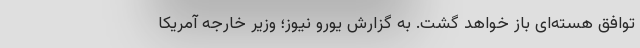
توافق هسته‌ای باز خواهد گشت. به گزارش یورو نیوز؛ وزیر خارجه آمریکا